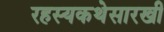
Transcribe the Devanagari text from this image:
रहस्यकथेसारखी